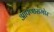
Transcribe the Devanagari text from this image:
आपणासमोर